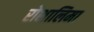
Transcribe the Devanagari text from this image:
रोशालिमा